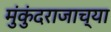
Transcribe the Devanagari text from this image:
मुंकुंदराजाच्या